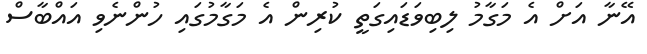
އޭނާ އަށް އެ މަގާމު ލިބިވަޑައިގަތީ ކުރިން އެ މަގާމުގައި ހުންނެވި އައްބާސް